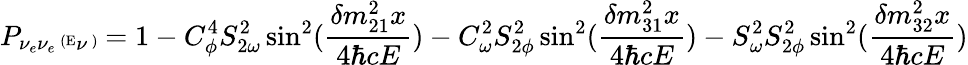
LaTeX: P_{\nu_{e}\nu_{e}}{\mathrm{\tiny~(E}}_{\nu}\mathrm{\tiny~)}=1-C_{\phi}^{4}S_{2\omega}^{2}\sin^{2}(\frac{\delta m_{21}^{2}x}{4\hbar cE})-C_{\omega}^{2}S_{2\phi}^{2}\sin^{2}(\frac{\delta m_{31}^{2}x}{4\hbar cE})-S_{\omega}^{2}S_{2\phi}^{2}\sin^{2}(\frac{\delta m_{32}^{2}x}{4\hbar cE})